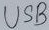
Text: USB